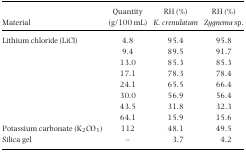
<table><thead><tr><td><b>Material</b></td><td><b>Quantity (g/100 mL)</b></td><td><b>RH (%) <i>K. crenulatum</i></b></td><td><b>RH (%) <i>Zygnema</i> sp.</b></td></tr></thead><tbody><tr><td>Lithium chloride (LiCl)</td><td>4.8</td><td>95.4</td><td>95.8</td></tr><tr><td></td><td>9.4</td><td>89.5</td><td>91.7</td></tr><tr><td></td><td>13.0</td><td>85.3</td><td>85.3</td></tr><tr><td></td><td>17.1</td><td>78.3</td><td>78.4</td></tr><tr><td></td><td>24.1</td><td>65.5</td><td>66.4</td></tr><tr><td></td><td>30.0</td><td>56.9</td><td>56.4</td></tr><tr><td></td><td>43.5</td><td>31.8</td><td>32.3</td></tr><tr><td></td><td>64.1</td><td>15.9</td><td>15.6</td></tr><tr><td>Potassium carbonate (K<sub>2</sub>CO<sub>3</sub>)</td><td>112</td><td>48.1</td><td>49.5</td></tr><tr><td>Silica gel</td><td>―</td><td>3.7</td><td>4.2</td></tr></tbody></table>